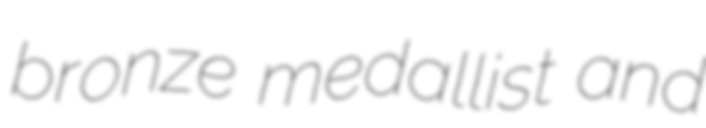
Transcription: bronze medallist and